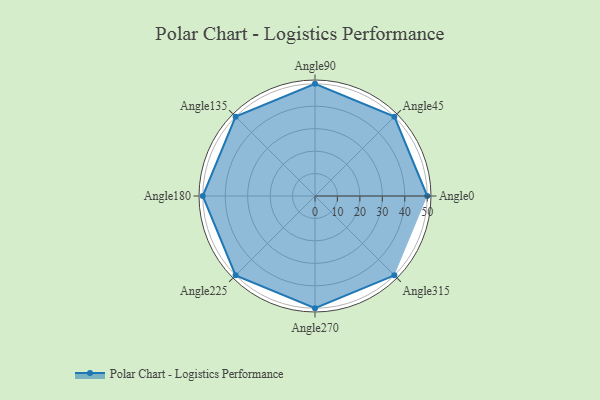
{"axis": {"x": "Angle", "y": "Radius"}, "legend": [""], "data": [{"x": "Angle0", "y": 50, "type": ""}, {"x": "Angle45", "y": 50, "type": ""}, {"x": "Angle90", "y": 50, "type": ""}, {"x": "Angle135", "y": 50, "type": ""}, {"x": "Angle180", "y": 50, "type": ""}, {"x": "Angle225", "y": 50, "type": ""}, {"x": "Angle270", "y": 50, "type": ""}, {"x": "Angle315", "y": 50, "type": ""}]}